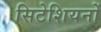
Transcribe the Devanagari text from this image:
सिटेशियनों